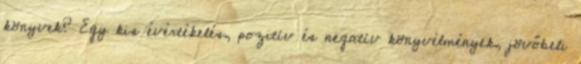
könyvek? Egy kis évértékelés, pozitív és negatív könyvélmények, jövőbeli